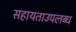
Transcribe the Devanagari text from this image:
सहायताउपलब्ध